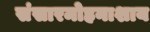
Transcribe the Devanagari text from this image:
संसारमोहनाशाय